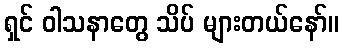
ရှင် ဝါသနာတွေ သိပ် များတယ်နော်။